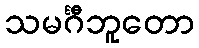
သမင်္ဂီဘူတော